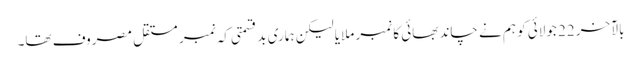
بالآخر 22 جولائی کو ہم نے چاند بھائی کا نمبر ملایا لیکن ہماری بدقسمتی کہ نمبر مستقل مصروف تھا۔